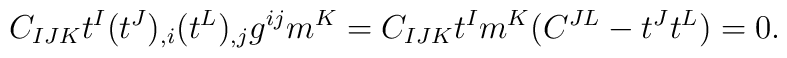
C_{IJK} t^I (t^J)_{,i}  (t^L)_{,j}  g^{ij} m^K = C_{IJK} t^I m^K(C^{JL} - t^Jt^L) =0.